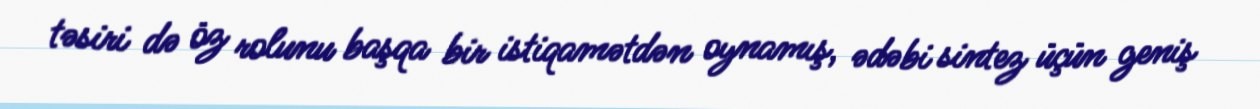
təsiri də öz rolunu başqa bir istiqamətdən oynamış, ədəbi sintez üçün geniş